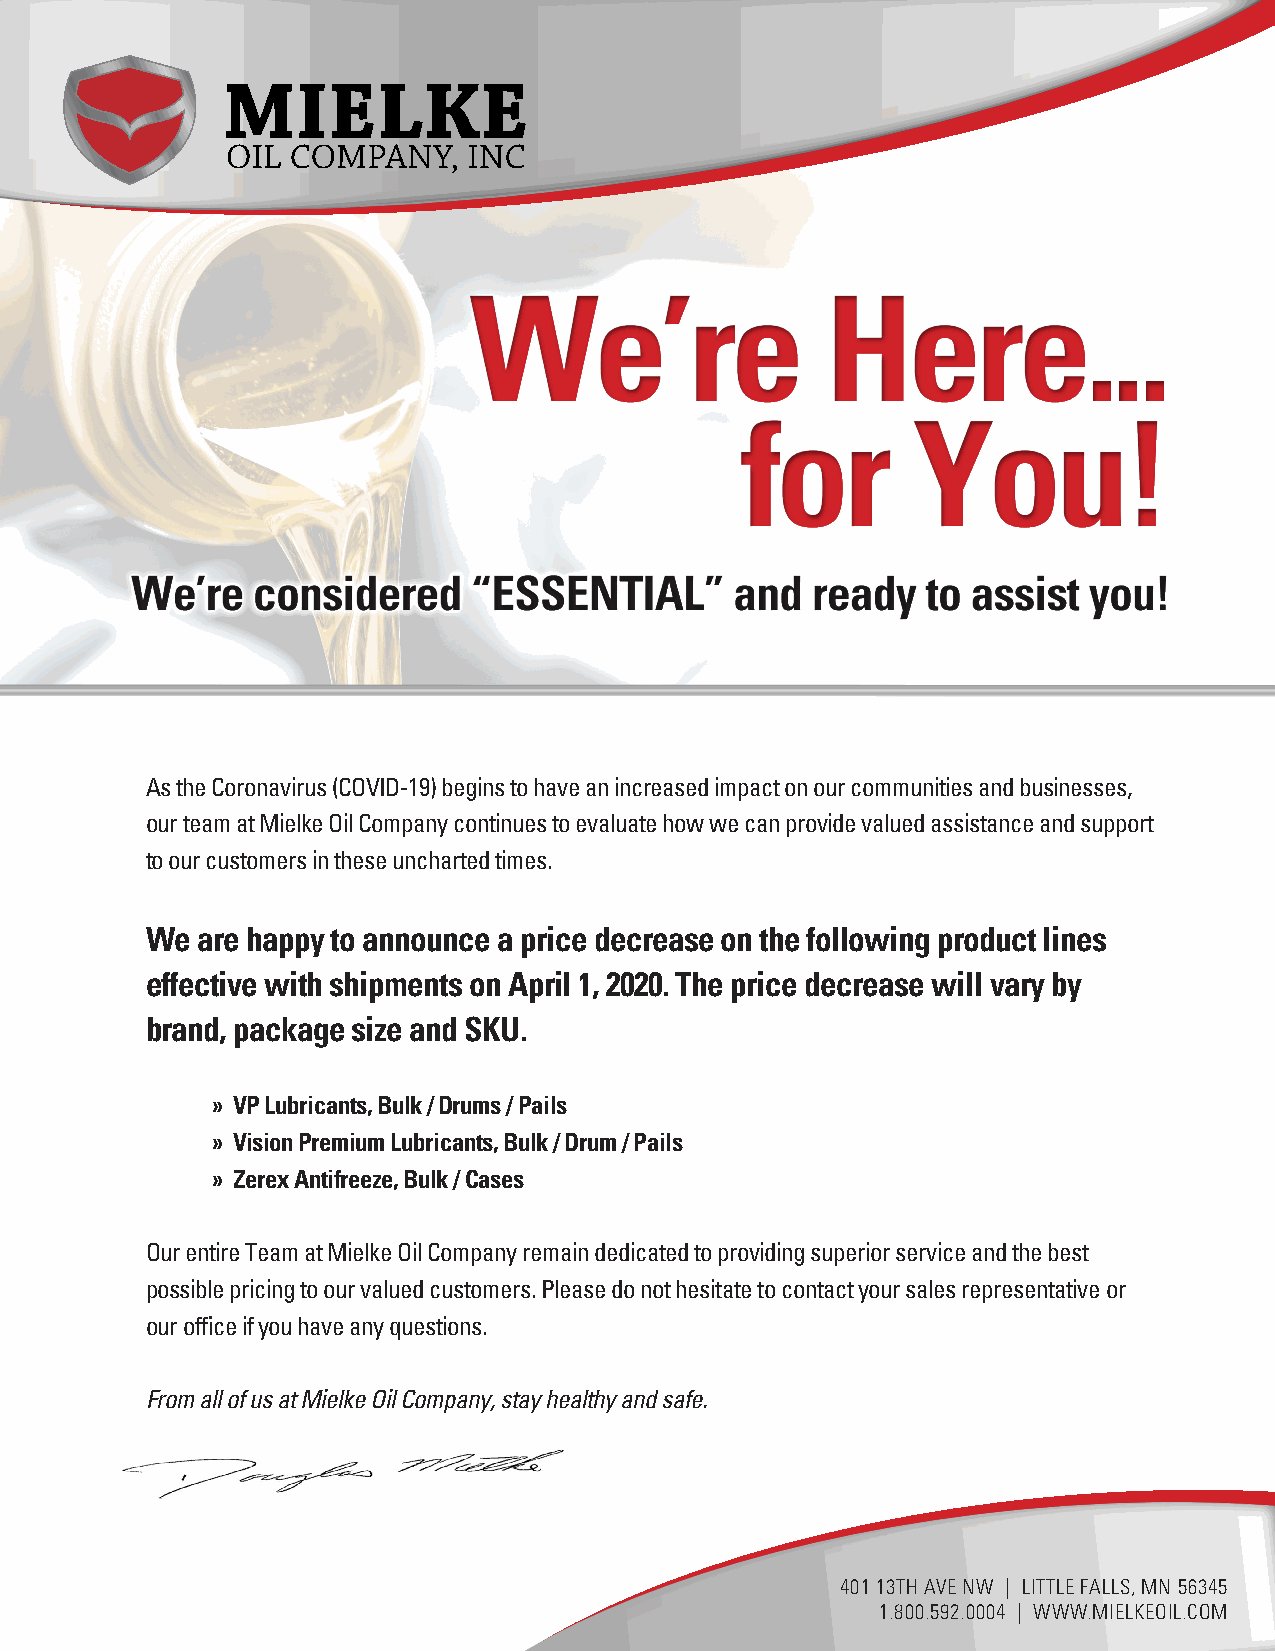
We’re                   Here...
 for        You!
 As the Coronavirus (COVID-19) begins to have an increased impact on our communities and businesses,
 our team at Mielke Oil Company continues to evaluate how we can provide valued assistance and support
 to our customers in these uncharted times.
 We are happy to announce a price decrease on the following product lines
 effective with shipments on April 1, 2020. The price decrease will vary by
 brand, package size and SKU.
 » VP Lubricants, Bulk / Drums / Pails
 » Vision Premium Lubricants, Bulk / Drum / Pails
 » Zerex Antifreeze, Bulk / Cases
 Our entire Team at Mielke Oil Company remain dedicated to providing superior service and the best
 possible pricing to our valued customers. Please do not hesitate to contact your sales representative or
 our office if you have any questions.
 From all of us at Mielke Oil Company, stay healthy and safe.
 401 13TH AVE NW | LITTLE FALLS, MN 56345
 1.800.592.0004 | WWW.MIELKEOIL.COM